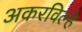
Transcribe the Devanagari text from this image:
अकरविल्हे